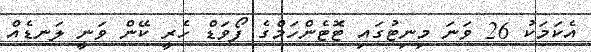
އެކަމަކު 26 ވަނަ މިނިޓުގައި ޓޮޓެންހަމްގެ ފޯވަޑް ހެރީ ކޭން ވަނީ ލަނޑެއް